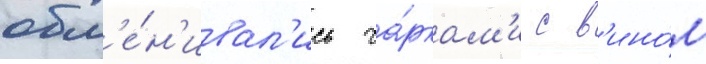
обм'е́н'ивал'ись ча́ркам'и с в'ино́м